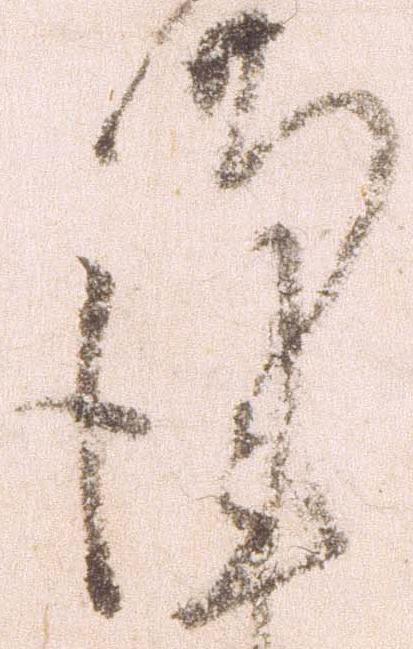
謹